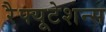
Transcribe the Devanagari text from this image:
रेैफ्यूटेशन्स